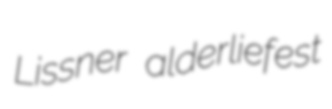
Lissner alderliefest